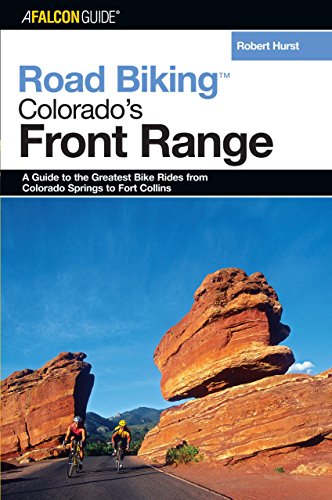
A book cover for Road Biking Colorado's Front Range: A Guide to the Greatest Bike Rides from Colorado Springs to Fort Collins (Road Biking Series); Robert Hurst; Travel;